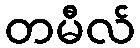
တမီလ်